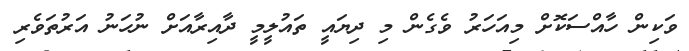
ވަކިން ހާއްސަކޮށް މިއަހަރު ވެގެން މި ދިޔައީ ތައުލީމީ ދާއިރާއަށް ނުހަނު އަރުތަވެރި